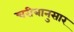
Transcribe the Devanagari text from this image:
चरीत्रानुसार